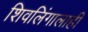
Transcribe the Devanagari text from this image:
शिवलिंगालाही